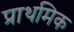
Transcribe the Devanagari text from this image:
प्राथमिक